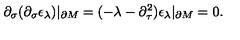
\partial _ { \sigma } ( \partial _ { \sigma } \epsilon _ { \lambda } ) \vert _ { \partial M } = ( - \lambda - \partial _ { \tau } ^ { 2 } ) \epsilon _ { \lambda } \vert _ { \partial M } = 0 .